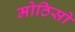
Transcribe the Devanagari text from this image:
मोठिसो